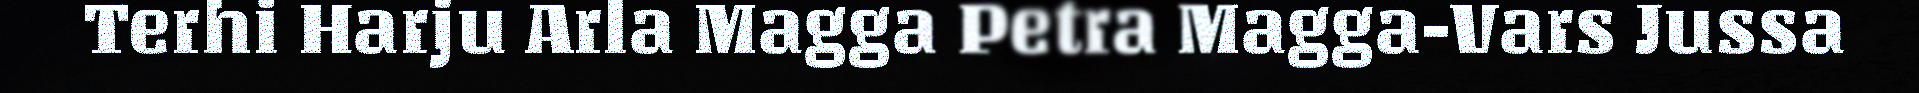
Terhi Harju Arla Magga Petra Magga-Vars Jussa